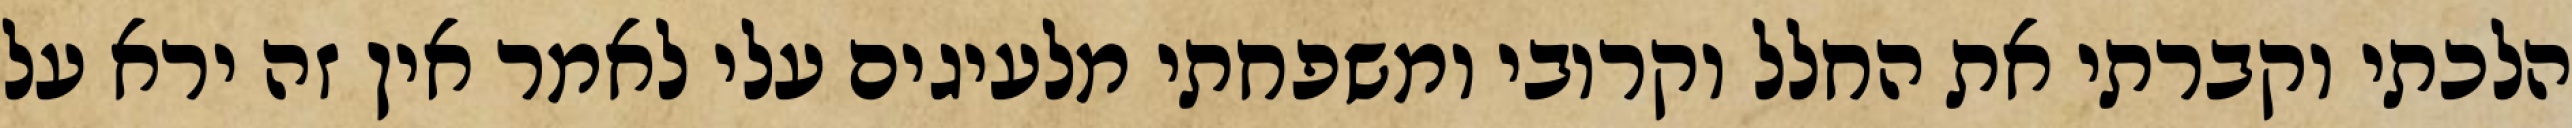
הלכתי וקברתי את החלל וקרובי ומשפחתי מלעיגים עלי לאמר אין זה ירא על